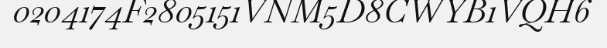
0204174F2805151VNM5D8CWYB1VQH6